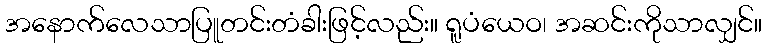
အနောက်လေသာပြူတင်းတံခါးဖြင့်လည်း။ ရူပံယေဝ၊ အဆင်းကိုသာလျှင်။